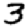
Digit: 3